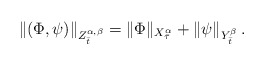
\begin{align*} \| (\Phi, \psi) \|_{Z^{\alpha,\beta}_{\bar t}} = \| \Phi \|_{X^{\alpha}_{\bar \tau}} + \|\psi \|_{Y^\beta_{\bar t}}\, .\end{align*}